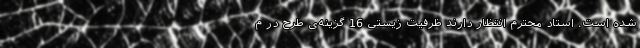
شده است. استاد محترم انتظار دارند ظرفیت زیستی 16 گزینه‌ی طرح در م